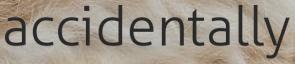
accidentally